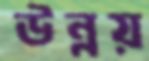
উন্নয়